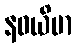
နဝယိမာ